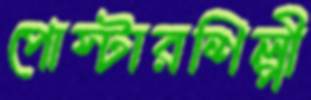
পোস্টারশিল্পী